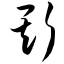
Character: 斯